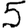
Digit: 5